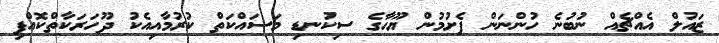
ޒައުލް އެއްޗެއް ނުބުނެ ހުންނަން ފެށުމުން ޔޫހާގެ ސިކުނޑި މަސައްކަތް ކުރުމާއިއެކު ދޫހަރަކާތްކޮއްފި